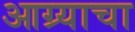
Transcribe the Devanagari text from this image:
आग्र्याचा